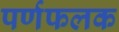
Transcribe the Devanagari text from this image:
पर्णफलक